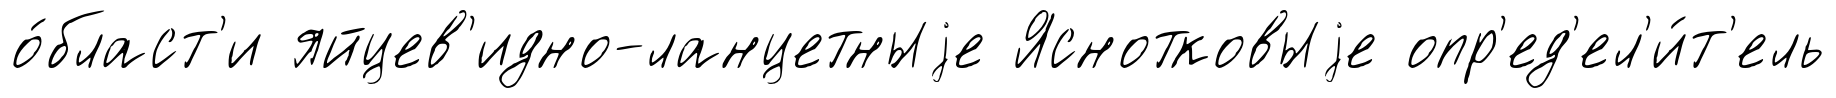
о́бласт'и яйцев'идно-ланцетныjе Яснотковыjе опр'ед'ел'и́т'ель